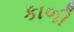
કાળી